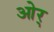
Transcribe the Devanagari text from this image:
ओर्‍